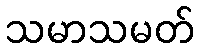
သမာသမတ်